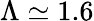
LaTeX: \Lambda\simeq 1.6